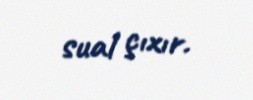
sual çıxır.